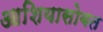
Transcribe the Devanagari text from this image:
आशियासोबत